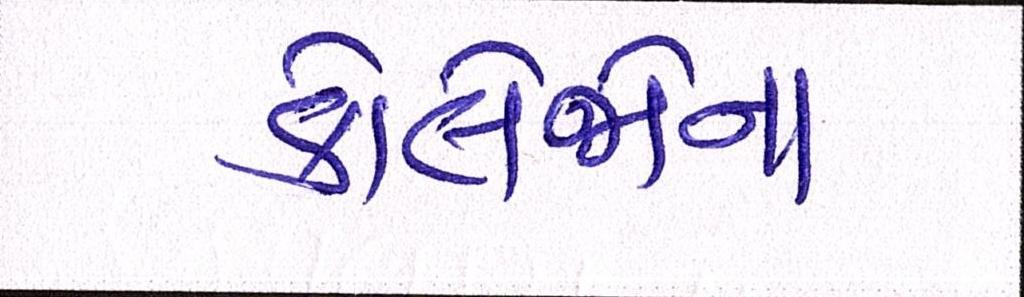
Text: કોલેજોના